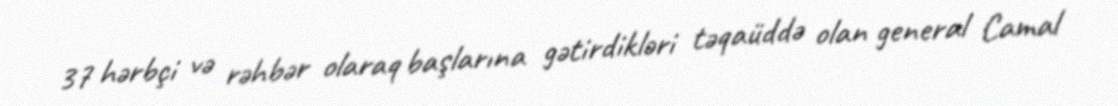
37 hərbçi və rəhbər olaraq başlarına gətirdikləri təqaüddə olan general Camal